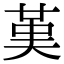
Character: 𦰩